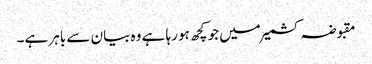
مقبوضہ کشمیر میں جو کچھ ہو رہا ہے وہ بیان سے باہر ہے۔